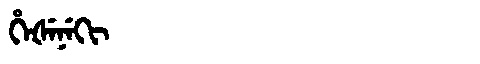
Manchu: ᡥᡝᡧᡝᠨᡝᡴᡳ
Romanization: HEŠENEKI